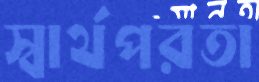
স্বার্থপরতা